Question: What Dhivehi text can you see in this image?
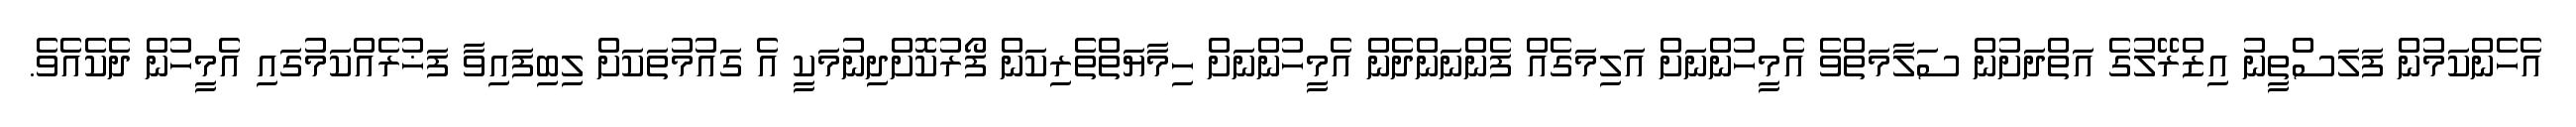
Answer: އެހެންކަމުން ފަލަސްތީނު އިޒްރޭލުގެ އަތްދަށުން ސަލާމަތްވެ އެމީހުންނަށް އަލިމަގެއް ފެންނަންދެން އެމީހުންނަށް ހިމާޔަތްތެރިކަން ފޯރުކޮށްދިނުމަކީ އެ ގައުމުތަކަށް ލިބިފައިވާ ފަޚުރެއްކަމުގައި އެމީހުން ދެކެއެވެ.